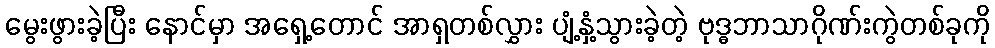
မွေးဖွားခဲ့ပြီး နောင်မှာ အရှေ့တောင် အာရှတစ်လွှား ပျံ့နှံ့သွားခဲ့တဲ့ ဗုဒ္ဓဘာသာဂိုဏ်းကွဲတစ်ခုကို